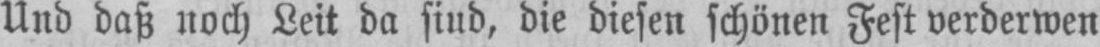
Und daß noch Leit da siud, die diesen schönen Fest verderwen